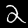
Digit: 2